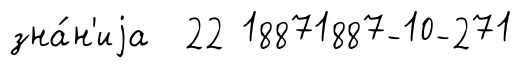
зна́н'иjа 22 18871887-10-271